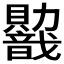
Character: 𬥭